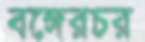
বঙ্গেরচর